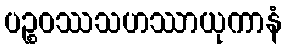
ပဉ္စဝဿသဟဿာယုကာနံ